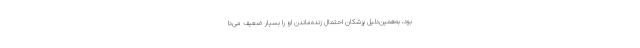
بود، به‌همین‌دلیل پزشکان احتمال زنده‌ماندن او را بسیار ضعیف می‌دا